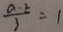
\frac { a - 2 } { 3 } = 1